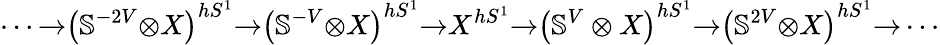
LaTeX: \cdots{\to}\left(\mathbb{S}^{-2V}{\otimes}X\right)^{hS^{1}}{\to}\left(\mathbb{S}^{-V}{\otimes}X\right)^{hS^{1}}{\to}X^{hS^{1}}{\to}\left(\mathbb{S}^{V}\otimes X\right)^{hS^{1}}{\to}\left(\mathbb{S}^{2V}{\otimes}X\right)^{hS^{1}}{\to}\cdots